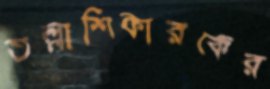
তল্লাশিকারকের